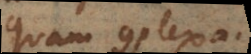
quam complexa.